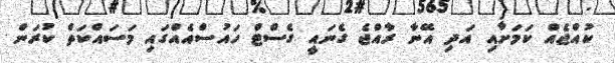
ކުއްޖެއް ކަމަށާއި އަދި އޭނާ ރާއްޖެ ގެނައީ ގެސްޓް ހައުސްއެއްގައި މަސައްކަތް ކުރަން